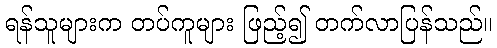
ရန်သူများက တပ်ကူများ ဖြည့်၍ တက်လာပြန်သည်။